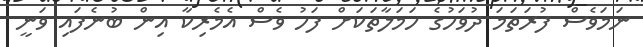
ނަމަވެސް ފުރަތަމަ ދުވަހުގެ ހަމަލާތަކަށް ފަހު ވެސް އެމެރިކާ އިން ބުނެފައި ވަނީ